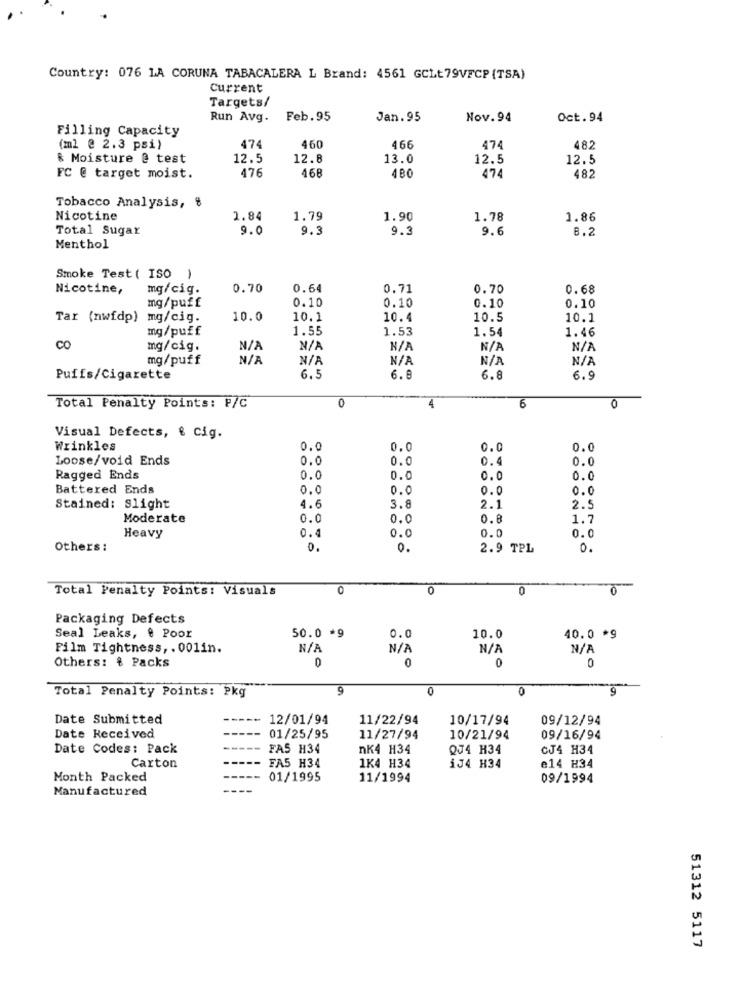
Country: 076 LA CORUNA TABACALERA L Brand: 4561 GCLt79VFCP (TSA)
Current
Targets/
Run Avg. Feb.95
Jan.95
Nov. 94
Oct.94
Filling Capacity
460
466
(ml @ 2.3 psi)
474
474
482
& Moisture @ test
12.5
12.8
13.0
12.5
12.5
476
468
480
FC @ target moist.
474
482
Tobacco Analysis, ₺
Nicotine
1.84
1.79
1.90
1.78
1.86
Total Sugar
9.0
9.3
9.
9.6
8.2
Menthol
Smoke Test ( ISO )
Nicotine,
mg/cig.
0.70
0.64
0.71
0.70
0.68
0.10
0.10
0.10
mg/puff
0.10
Tar (nwfdp) mg/cig.
10.0
10.1
10.4
10.5
10.1
mg/puff
1.55
1.53
1.54
1.46
CO
mg/cig.
N/2
mg/puff
Puffs/Cigarette
6.5
6.8
6.8
6.9
0
0
Total Penalty Points: P/C
4
6
Visual Defects, { Cig.
Wrinkles
0.0
0.0
0.0
0.0
Loose/void Ends
0.0
0.0
0.4
0.0
Ragged Ends
0.0
0.0
0.0
0.0
Battered Ends
0.0
0.0
0.0
0.0
Stained: Slight
4.6
3.8
2.1
2.5
Moderate
0.0
0.0
0.8
1.7
Heavy
0.4
0.0
0.0
0.0
Others:
0.
0.
2.9 TPL
0.
Total Penalty Points: Visuals
0
0
0
Packaging Defects
50.0 *9
Seal Leaks, & Poor
0.0
10.0
40.0 *9
Film Tightness, . 001in.
Others: & Packs
0
0
0
Total Penalty Points: Pkg
9
0
0
9
Date Submitted
12/01/94
11/22/94
10/17/94
09/12/94
Date Received
01/25/95
11/27/94
10/21/94
09/16/94
Date Codes: Pack
FAS H34
nK4 H34
QJ4 H34
CJ4 H34
FA5 H34
Carton
1K4 H34
1J4 H34
e14 H34
Month Packed
01/1995
11/1994
09/1994
Manufactured
51312 5117